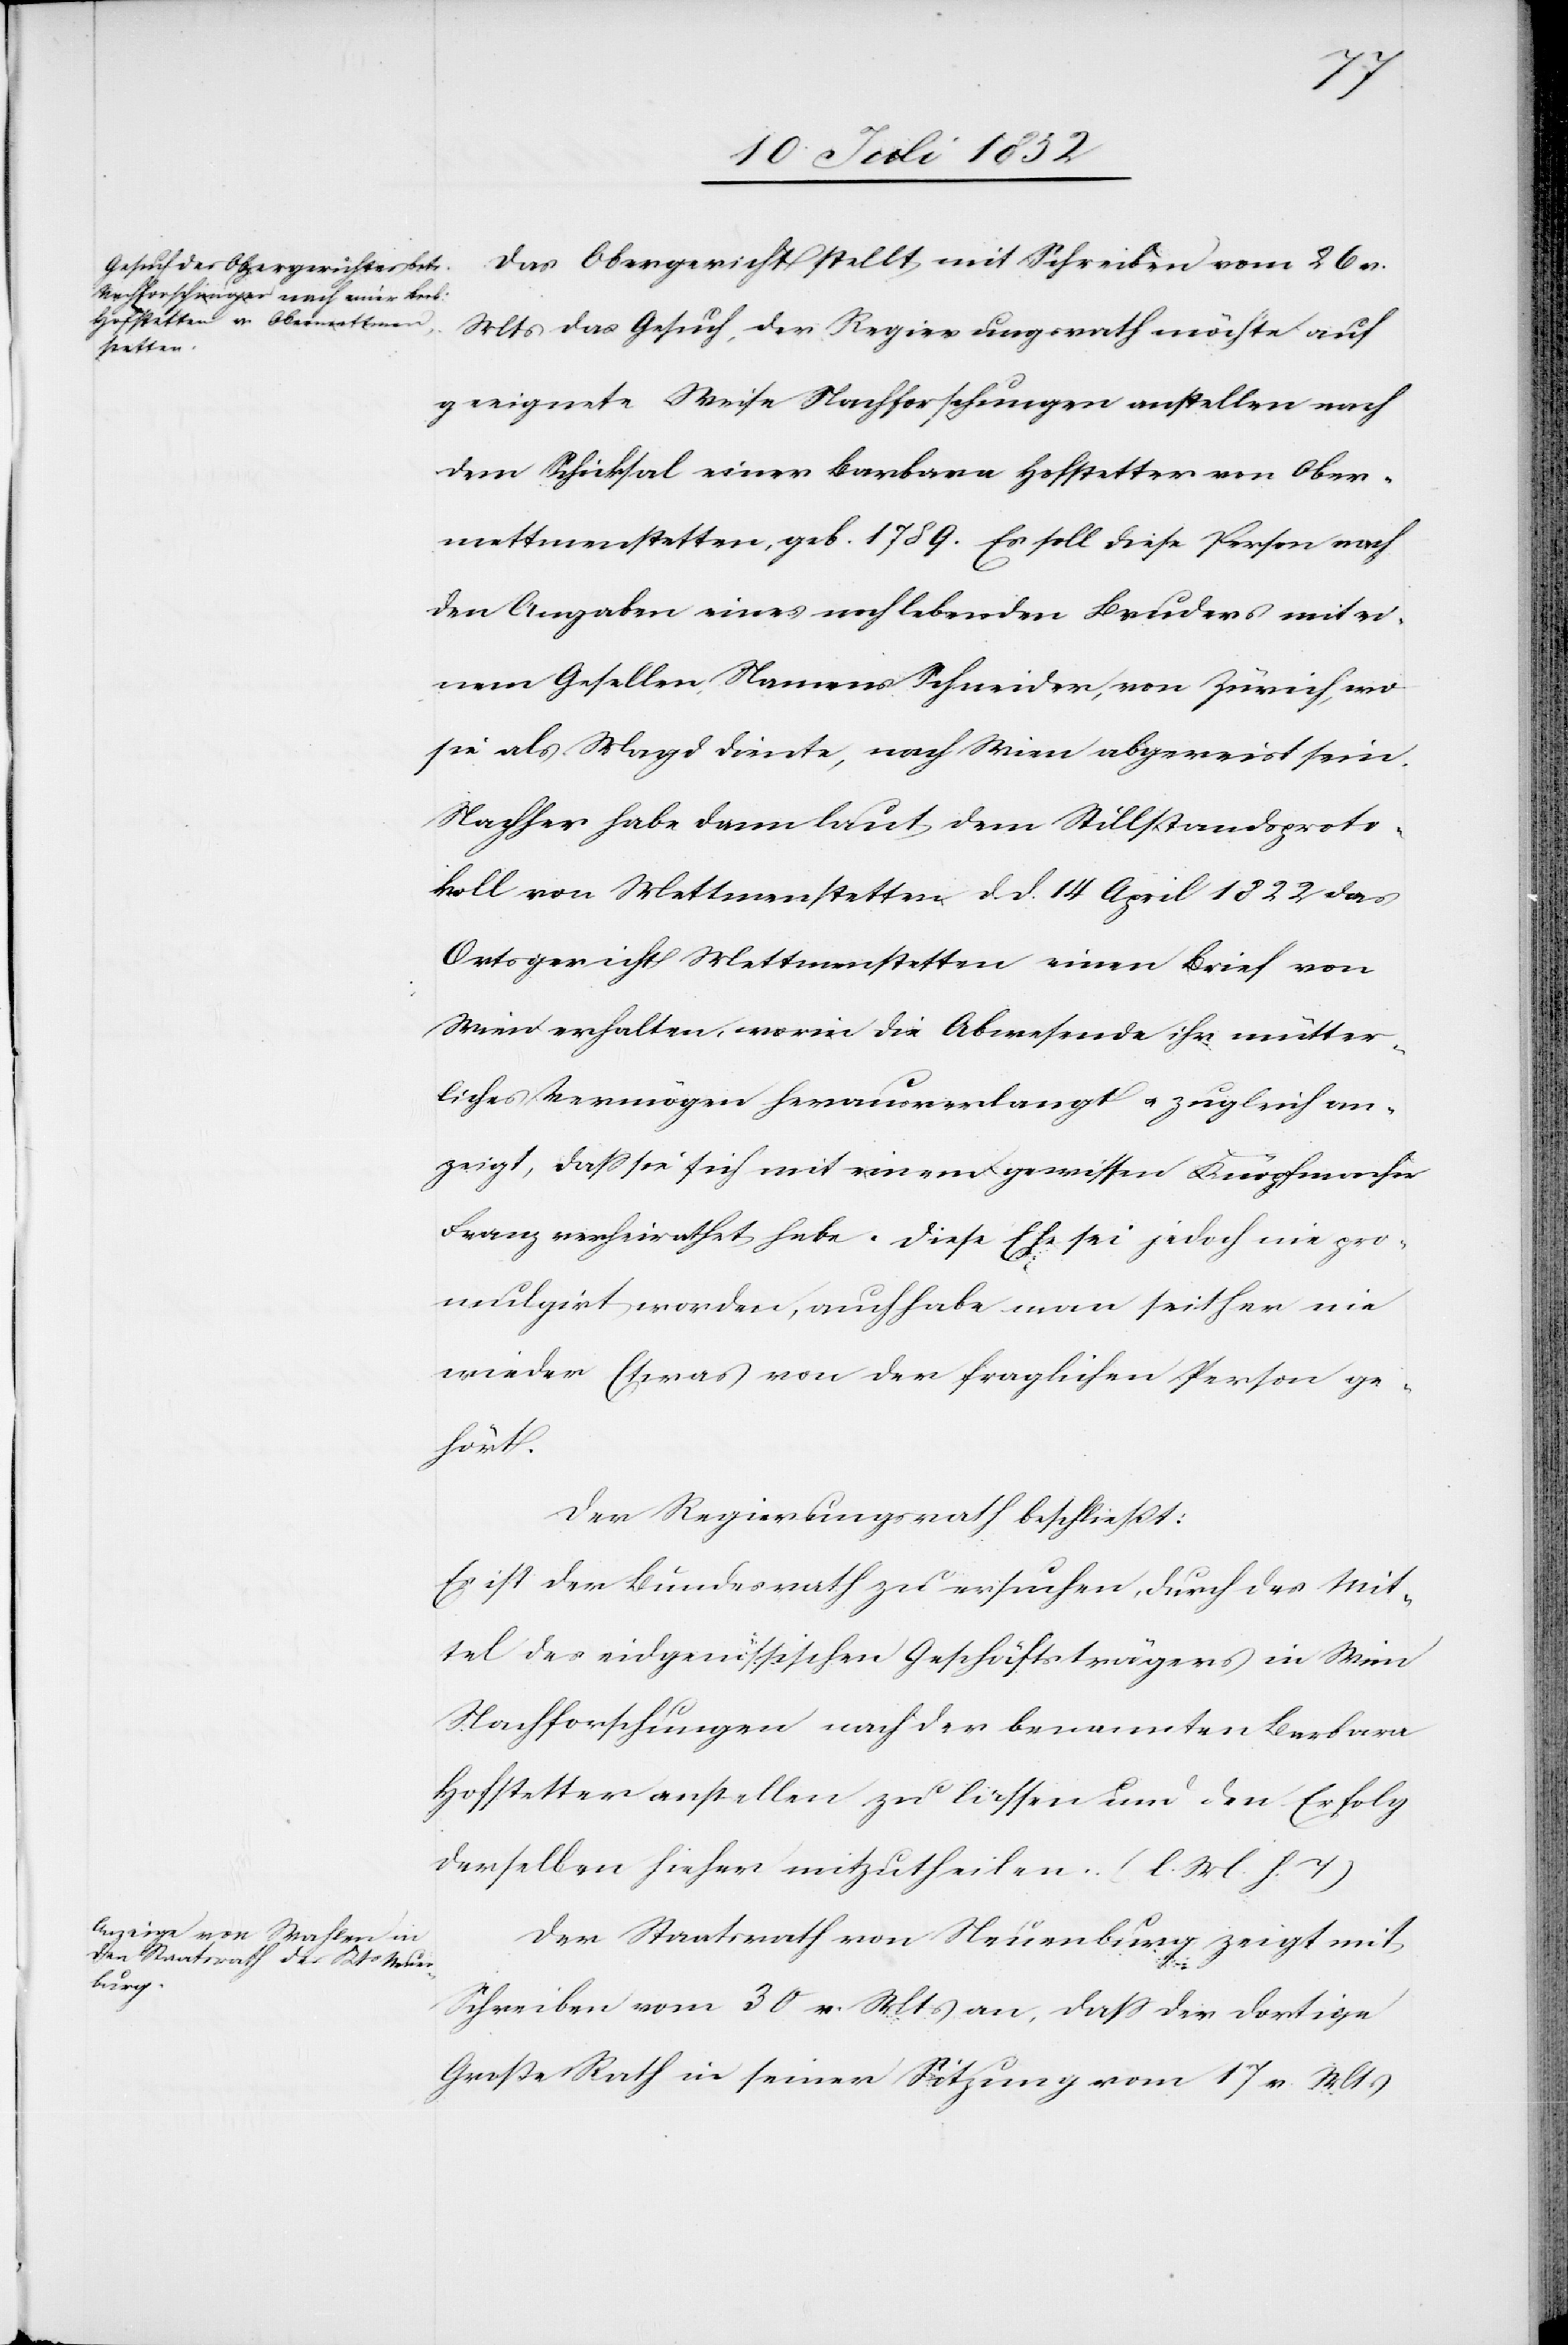
Das Obergericht stellt mit Schreiben vom 26 v.
Mts das Gesuch, der Regierungsrath möchte auf
geeignete Weise Nachforschungen anstellen nach
dem Schicksal einer Barbara Hofstetter von Ober¬
mettmenstetten, geb. 1789. Es soll diese Person nach
den Angaben eines noch lebenden Bruders mit ei¬
nem Gesellen, Namens Schneider, von Zürich, wo
sie als Magd diente, nach Wien abgereist sein.
Nachher habe dann laut dem Stillstandsproto¬
koll von Mettmenstetten d. d. 14 April 1822 das
Ortsgericht Mettmenstetten einen Brief von
Wien erhalten, worin die Abwesende ihr mütter¬
liches Vermögen herausverlangt & zugleich an¬
zeigt, dass sie sich mit einem gewissen Knöpfmacher
Franz verheirathet habe. Diese Ehe sei jedoch nie pro¬
mulgirt worden, auch habe man seither nie
wieder Etwas von der fraglichen Person ge¬
hört.
Der Regierungsrath beschließt:
Es ist der Bundesrath zu ersuchen, durch das Mit¬
tel des eidgenössischen Geschäftsträgers in Wien
Nachforschungen nach der benannten Barbara
Hofstetter anstellen zu lassen und den Erfolg
derselben hieher mitzutheilen. (l. M. h. T)
Der Staatsrath von Neuenburg zeigt mit
Schreiben vom 30 v. Mts an, dass der dortige
Große Rath in seiner Sitzung vom 17 v. Mts